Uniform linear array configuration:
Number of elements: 16
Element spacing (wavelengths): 0.75
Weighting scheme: cosine
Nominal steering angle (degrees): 60
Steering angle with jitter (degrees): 61.536
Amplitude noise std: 0.05
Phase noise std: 0.05

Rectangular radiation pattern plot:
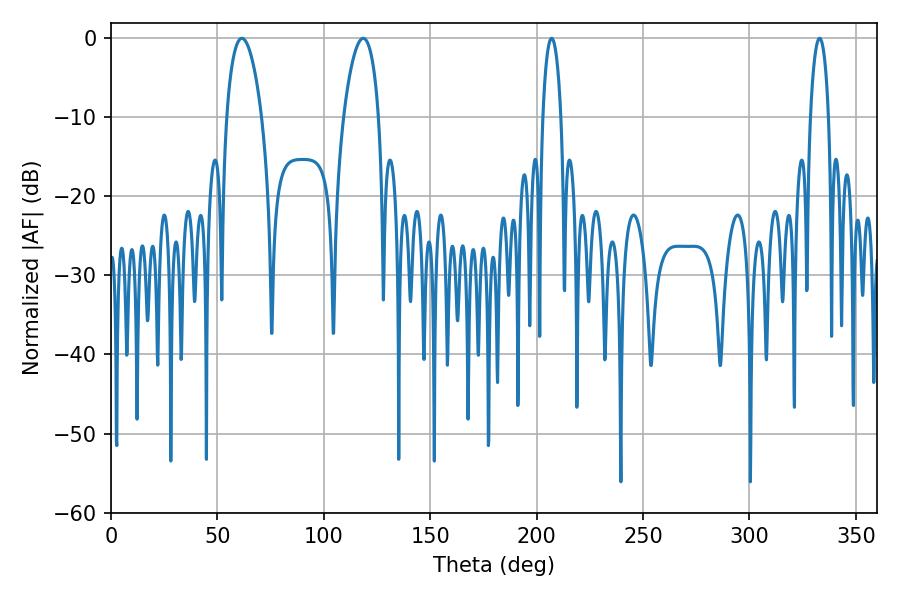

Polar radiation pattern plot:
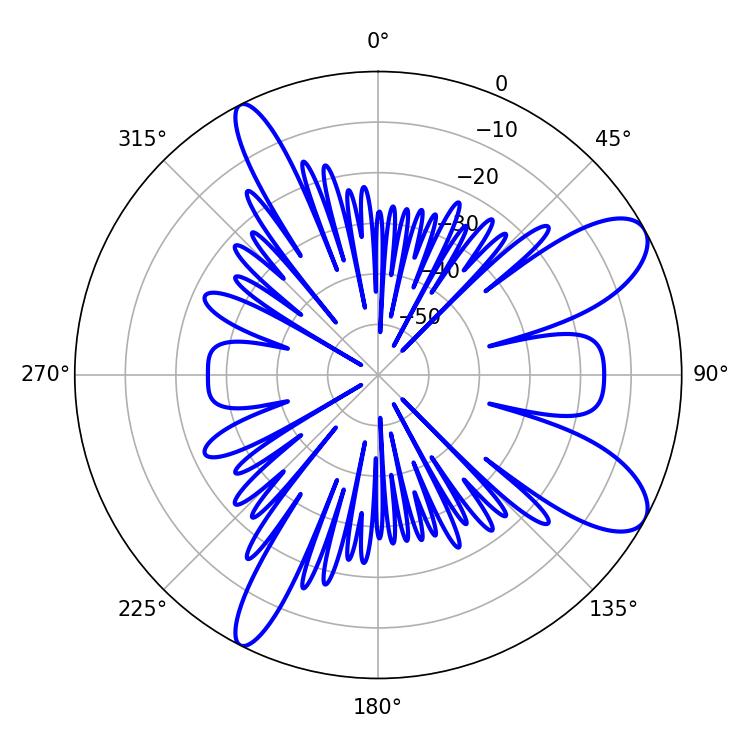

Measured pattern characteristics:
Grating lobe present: TRUE
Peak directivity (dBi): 9.433
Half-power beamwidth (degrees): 9.18
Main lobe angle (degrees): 61.56